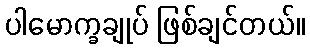
ပါမောက္ခချုပ် ဖြစ်ချင်တယ်။